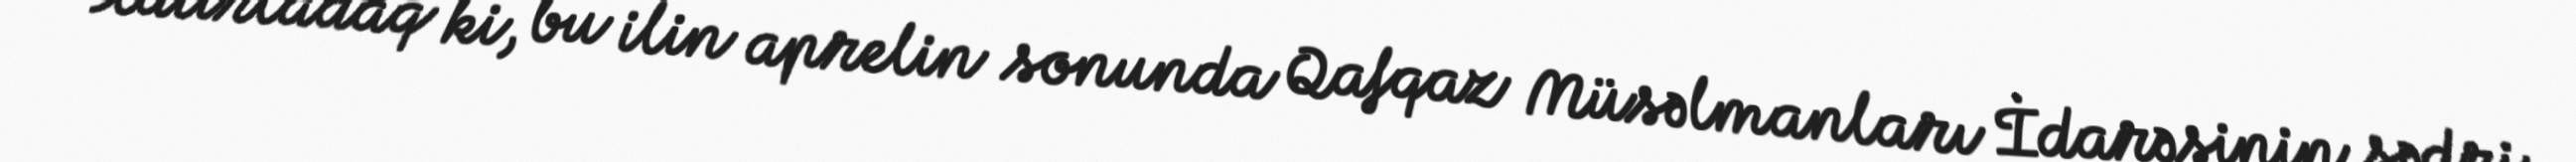
Xatırladaq ki, bu ilin aprelin sonunda Qafqaz Müsəlmanları İdarəsinin sədri